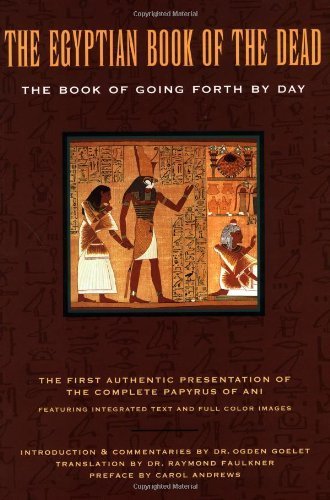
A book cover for The Egyptian Book of the Dead: The Book of Going Forth by Day Paperback - August 1, 2000; James Wasserman; Religion & Spirituality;